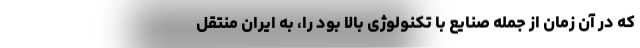
که در آن زمان از جمله صنایع با تکنولوژی بالا بود را، به ایران منتقل